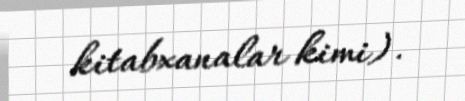
kitabxanalar kimi).